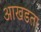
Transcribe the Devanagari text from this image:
आखडता